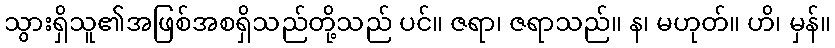
သွားရှိသူ၏အဖြစ်အစရှိသည်တို့သည် ပင်။ ဇရာ၊ ဇရာသည်။ န၊ မဟုတ်။ ဟိ၊ မှန်။